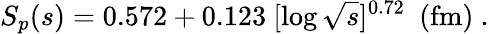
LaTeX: S_{p}(s)=0.572+0.123~[\log\sqrt{s}]^{0.72}~~(\mathrm{fm})~.